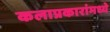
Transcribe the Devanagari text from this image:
कलाप्रकारांमध्ये